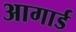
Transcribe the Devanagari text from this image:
आगार्ड